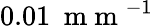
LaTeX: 0.01\: \mathrm{~m~m~}^{-1}